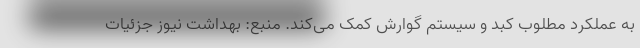
به عملکرد مطلوب کبد و سیستم گوارش کمک می‌کند. منبع: بهداشت نیوز جزئیات